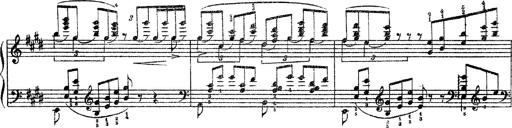
Title: 3 sonetti di Petrarca
Composer: Franz Liszt